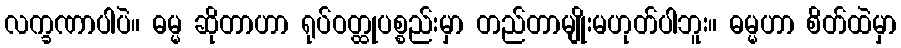
လက္ခဏာပါပဲ။ ဓမ္မ ဆိုတာဟာ ရုပ်ဝတ္ထုပစ္စည်းမှာ တည်တာမျိုးမဟုတ်ပါဘူး။ ဓမ္မဟာ စိတ်ထဲမှာ